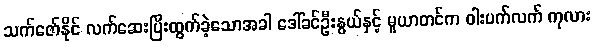
သက်ဇော်နိုင် လက်ဆေးပြီးထွက်ခဲ့သောအခါ ဒေါ်ခင်ဦးနွယ်နှင့် မူယာတင်က ဝါးပက်လက် ကုလား